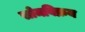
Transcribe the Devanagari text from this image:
सोमविक्रय